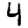
Digit: 4